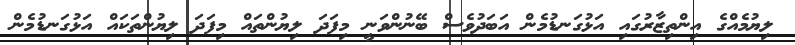
ލިޔުމެއްގެ އިންތިޒާރުގައި އަޅުގަނޑުމެން އަބަދުވެސް ބޭނުންވަނީ މިފަދަ ލިޔުންތަައް މިފަދަ ލިޔުންތަކައް އަޅުގަނޑުމެން